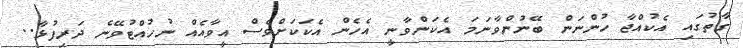
ގާތުގައި އެކުއްޖާ ހުންނަން ބޭނުންވާނަމަ އެކަންވާނީ އެހެން އެކަކަށްވެސް އީވާއެއް ނުހުއްޓުވޭނެ ދަރިފުޅާ..